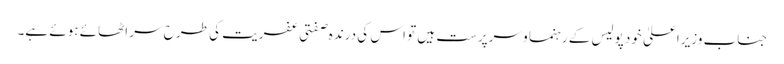
جناب وزیراعلیٰ خود پولیس کے رہنما و سرپرست ہیں تو اس کی درندہ صفتی عفریت کی طرح سر اٹھائے ہوئے ہے۔